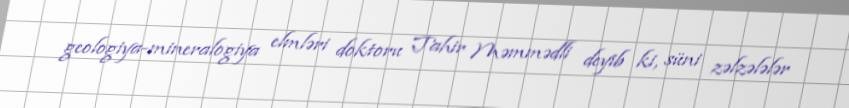
geologiya-mineralogiya elmləri doktoru Tahir Məmmədli deyib ki, süni zəlzələlər